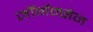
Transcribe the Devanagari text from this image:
जॉर्गन्सेन